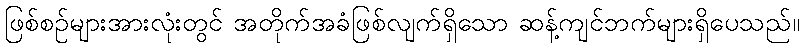
ဖြစ်စဉ်များအားလုံးတွင် အတိုက်အခံဖြစ်လျက်ရှိသော ဆန့်ကျင်ဘက်များရှိပေသည်။